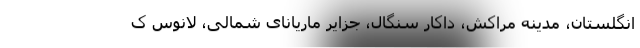
انگلستان، مدینه مراکش، داکار سنگال، جزایر ماریانای شمالی، لانوس ک